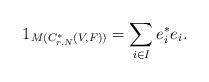
LaTeX: \begin{align*}1_{M(C^*_{r,N}(V,F))} = \sum_{i \in I}^{} e^*_ie_i.\end{align*}